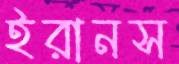
ইরানস